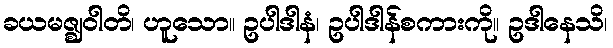
ခယမဇ္ဈဝါတိ၊ ဟူသော။ ဥပါဒါနံ၊ ဥပါဒါန်စကားကို။ ဥဒါနေသိ၊